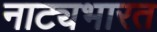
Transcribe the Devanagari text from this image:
नाट्यभारत